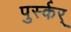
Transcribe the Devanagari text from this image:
पुर्स्कर्